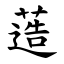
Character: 䔏